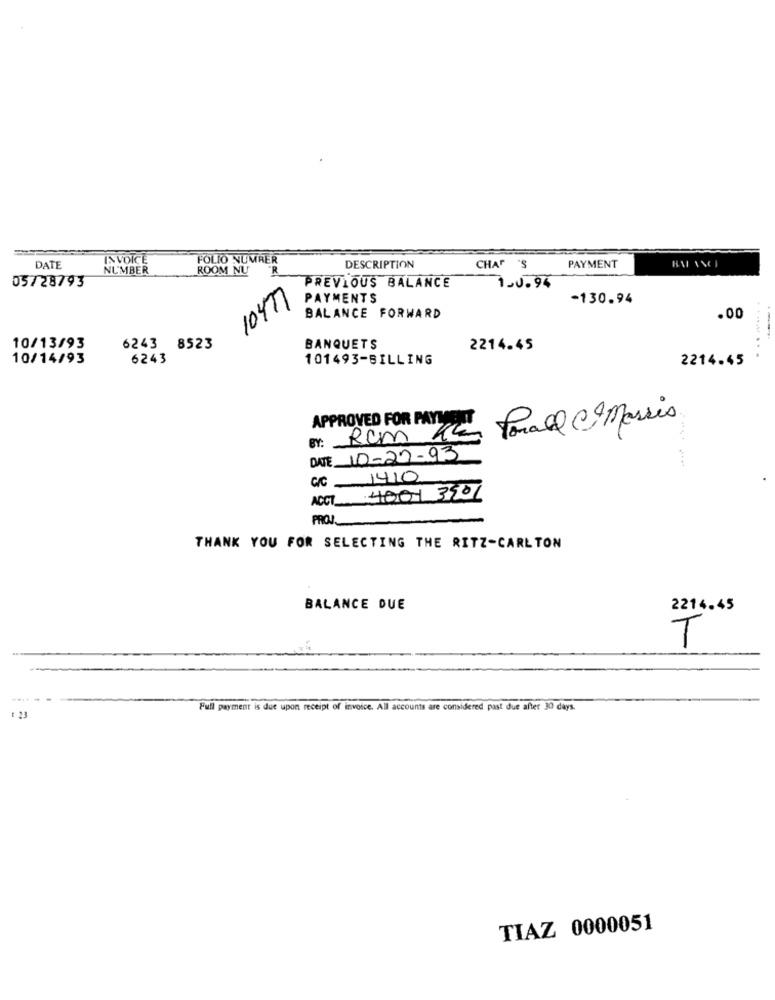
INVOICE
FOLIO NUMRER
DATE
NUMBER
ROOM NU
DESCRIPTION
CHAF 'S
PAYMENT
05/28793
PREVIOUS BALANCE
150.94
1047
PAYMENTS
-130.94
BALANCE FORWARD
.00
10/13/93
6243 8523
BANQUETS
2214.45
10/14/93
6243
101493-BILLING
2214.45
. .........
APPROVED FOR PAYME
Porall Marsis
Er: ROM KE
DATE 10-22-93
C/C 1410
ACT 4001 3901
PROJ
THANK YOU FOR SELECTING THE RITZ-CARLTON
BALANCE DUE
2214.45
T
Full payment is due upon receipt of invoice. All accounts are considered past due after 30 days.
1 23
TIAZ 0000051